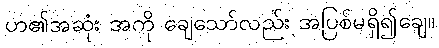
ဟ၏အဆုံး အကို ချေသော်လည်း အပြစ်မရှိ၍ချေ။